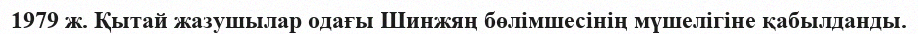
1979 ж. Қытай жазушылар одағы Шинжяң бөлімшесінің мүшелігіне қабылданды.